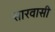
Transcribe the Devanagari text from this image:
सारवासी